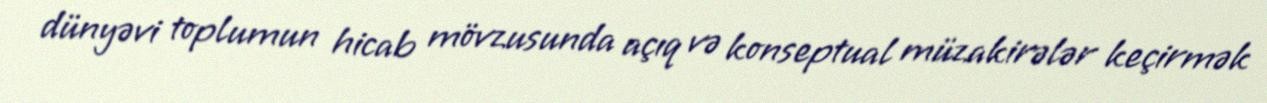
dünyəvi toplumun hicab mövzusunda açıq və konseptual müzakirələr keçirmək